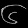
Digit: ၆